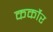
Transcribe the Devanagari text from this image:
कर्कोर